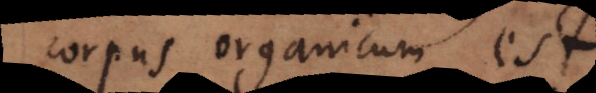
corpus organicum est